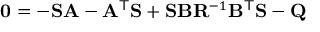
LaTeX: \mathbf { 0 } = - \mathbf { S } \mathbf { A } - \mathbf { A } ^ { \mathsf { T } } \mathbf { S } + \mathbf { S } \mathbf { B } \mathbf { R } ^ { - 1 } \mathbf { B } ^ { \mathsf { T } } \mathbf { S } - \mathbf { Q }